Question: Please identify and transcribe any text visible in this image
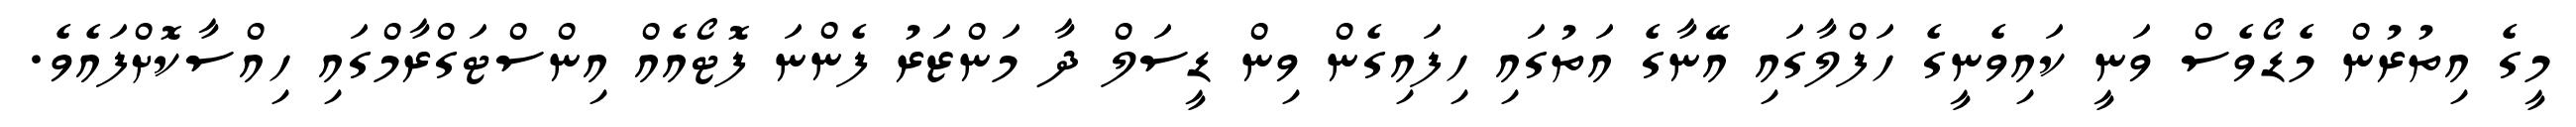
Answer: މީގެ އިތުރުން މެޑޯވެސް ވަނީ ކައިވެނީގެ ހަފްލާގައި އޭނާގެ އަތުގައި ހިފައިގެން ވިން ޑީސަލް ދާ މަންޒަރު ފެންނަ ފޮޓޯއެއް އިންސްޓަގްރާމްގައި ހިއްސާކޮށްފައެވެ.